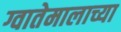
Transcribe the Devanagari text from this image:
ग्वातेमालाच्या